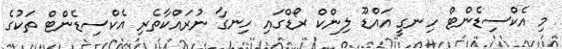
މި އެކްސިޑެންޓް ހިނގީ އައްޑޫ ލިންކް ރޯޑްގައި ހިނގާ ނުރައްކާތެރި އެކްސިޑެންޓް ތަކުގެ